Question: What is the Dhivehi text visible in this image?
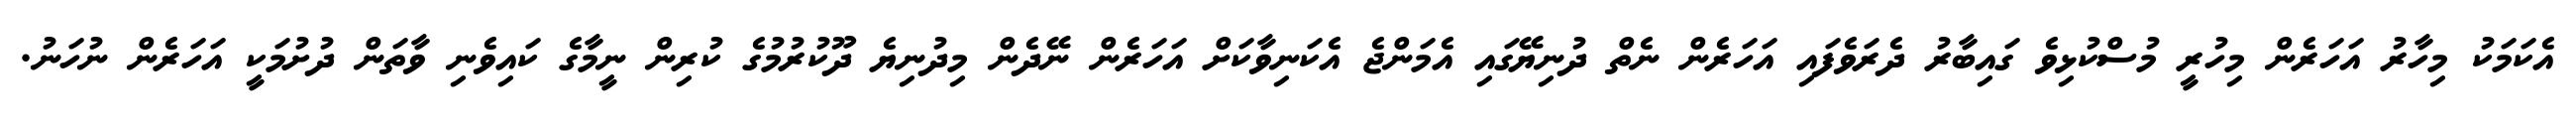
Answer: އެކަމަކު މިހާރު އަހަރެން މިހުރީ މުސްކުޅިވެ ގައިބާރު ދެރަވެފައި އަހަރެން ނެތް ދުނިޔޭގައި އެމަންޖެ އެކަނިވާކަށް އަހަރެން ނޭދެން މިދުނިޔެ ދޫކުރުމުގެ ކުރިން ނީމާގެ ކައިވެނި ވާތަން ދުށުމަކީ އަހަރެން ނުހަނު.